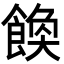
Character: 𩝆